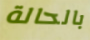
بالحالة